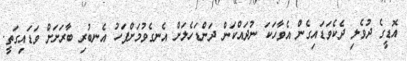
އޮޑީގެ ދުވެލި ދެކެވަޑައިގެން އެވާހަކަ ނުދައްކަން ދަންޑަހެލަށް އެނގެވުމަށްފަހު އެނބުރި ބާރަށަށް ވަޑައިގަތީ.